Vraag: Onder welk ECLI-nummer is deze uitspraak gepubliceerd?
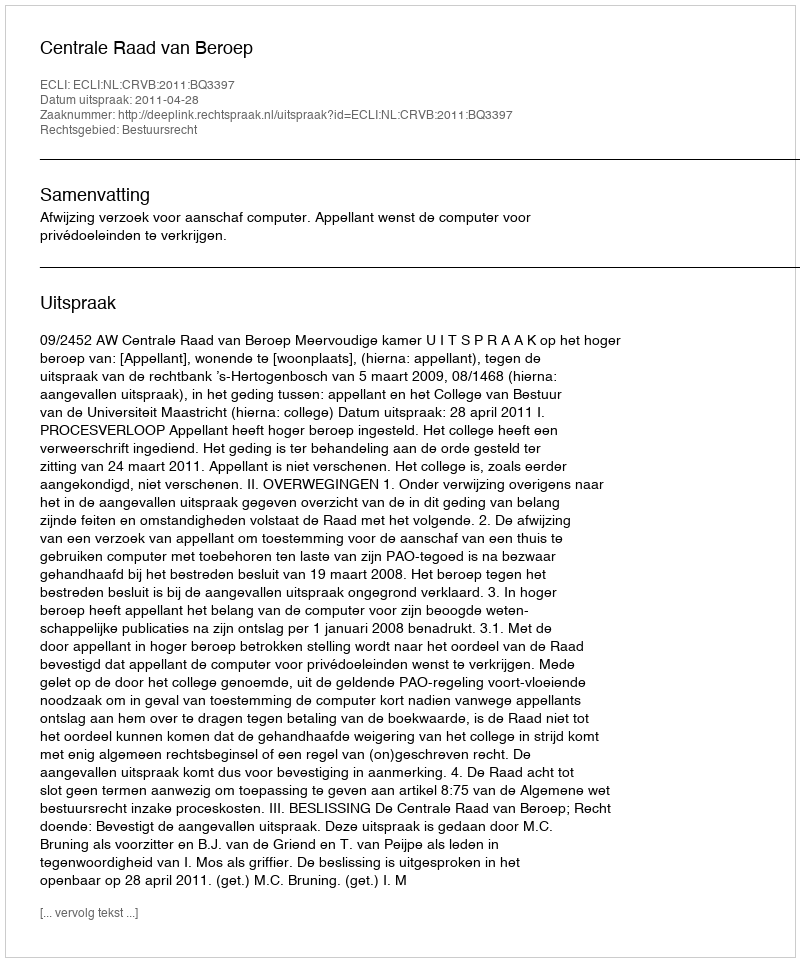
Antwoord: ECLI:NL:CRVB:2011:BQ3397